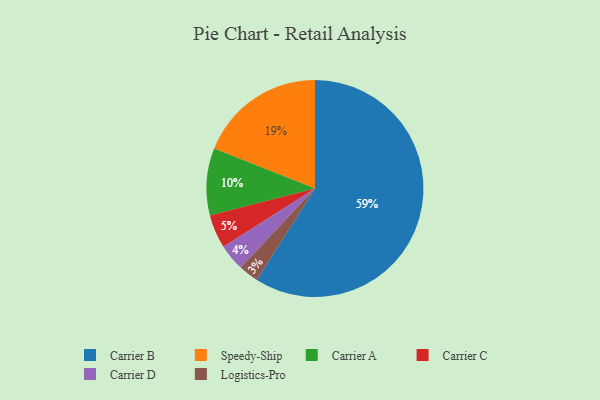
{"axis": {"x": "Category", "y": "Percentage"}, "legend": ["Carrier A", "Carrier B", "Carrier C", "Carrier D", "Logistics-Pro", "Speedy-Ship"], "data": [{"x": "Speedy-Ship", "y": 19, "type": "Speedy-Ship"}, {"x": "Carrier D", "y": 4, "type": "Carrier D"}, {"x": "Logistics-Pro", "y": 3, "type": "Logistics-Pro"}, {"x": "Carrier C", "y": 5, "type": "Carrier C"}, {"x": "Carrier A", "y": 10, "type": "Carrier A"}, {"x": "Carrier B", "y": 59, "type": "Carrier B"}]}